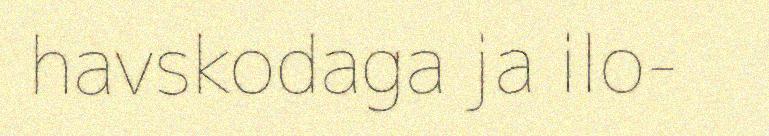
havskodaga ja ilo-